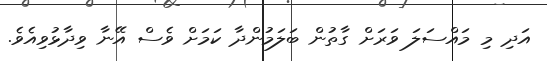
އަދި މި މައްސަލަ ވަރަށް ގާތުން ބަލަމުންދާ ކަމަށް ވެސް އޭނާ ވިދާޅުވިއެވެ.